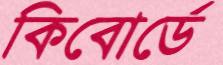
কিবোর্ডে